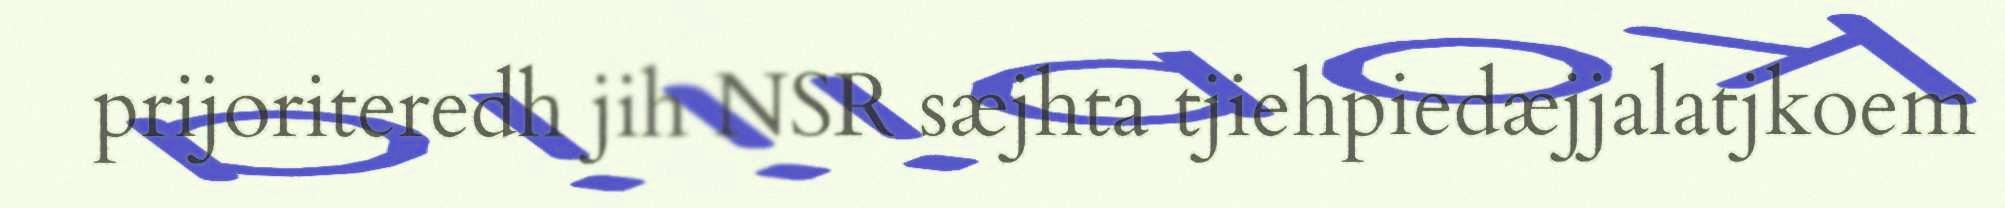
prijoriteredh jih NSR sæjhta tjiehpiedæjjalatjkoem